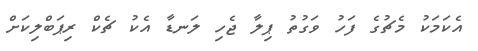
އެކަމަކު މެޗުގެ ފަހު ވަގުތު ޕިލާ ޖެހި ލަނޑާ އެކު ޗެކް ރިޕަބްލިކަށް